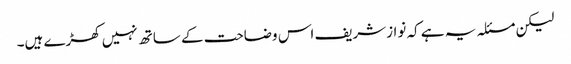
لیکن مسئلہ یہ ہے کہ نوازشریف اس وضاحت کے ساتھ نہیں کھڑے ہیں۔